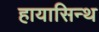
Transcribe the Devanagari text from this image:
हायासिन्थ